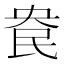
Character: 𰚹